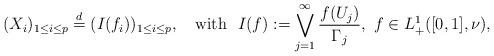
LaTeX: \begin{align*}(X_i)_{1\leq i\leq p} \stackrel{d}{=} (I(f_i))_{1\leq i\leq p},\ \ \mbox{ with }\ I(f):= \bigvee_{j=1}^\infty \frac{f(U_j)}{\Gamma_j},\ f\in L_+^1([0,1],\nu),\end{align*}